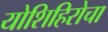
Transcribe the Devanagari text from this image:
योशिहिरोचा